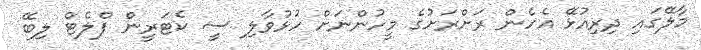
މާލޭގައި ދިރިއުޅޭ އެހެން ރަށްރަށުގެ މީހުންނަށް ހުޅުވާލި ސީ ކެޓަރީން ފްލެޓް ލިބޭ